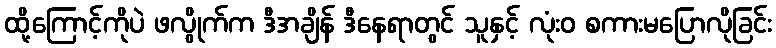
ထို့ကြောင့်ကိုပဲ ဖလွိုက်က ဒီအချိန် ဒီနေရာတွင် သူနှင့် လုံးဝ စကားမပြောလိုခြင်း